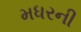
મધરની